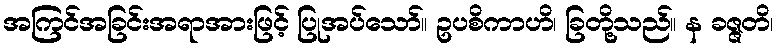
အကြင်အခြင်းအရာအားဖြင့် ပြုအပ်သော်။ ဥပစိကာဟိ၊ ခြတို့သည်။ န ခဇ္ဇတိ၊